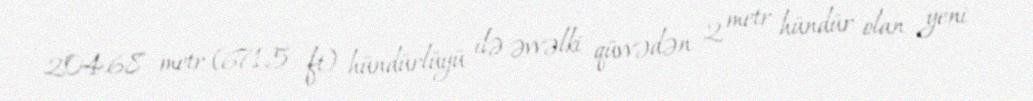
204.68 metr (671.5 ft) hündürlüyü ilə əvvəlki qüvvədən 2 metr hündür olan yeni